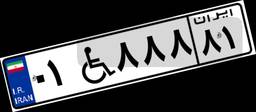
۰۱W۸۸۸۸۱